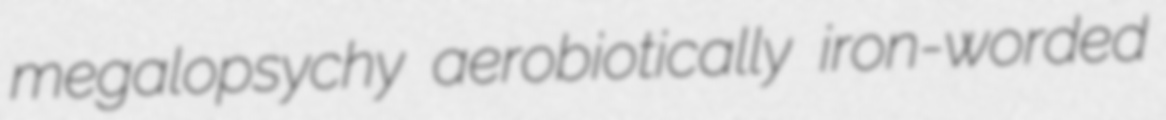
megalopsychy aerobiotically iron-worded